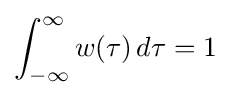
\int _{-\infty }^{\infty }w(\tau )\,d\tau =1